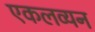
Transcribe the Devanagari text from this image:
एकलव्यन